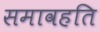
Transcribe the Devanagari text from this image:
समावहति